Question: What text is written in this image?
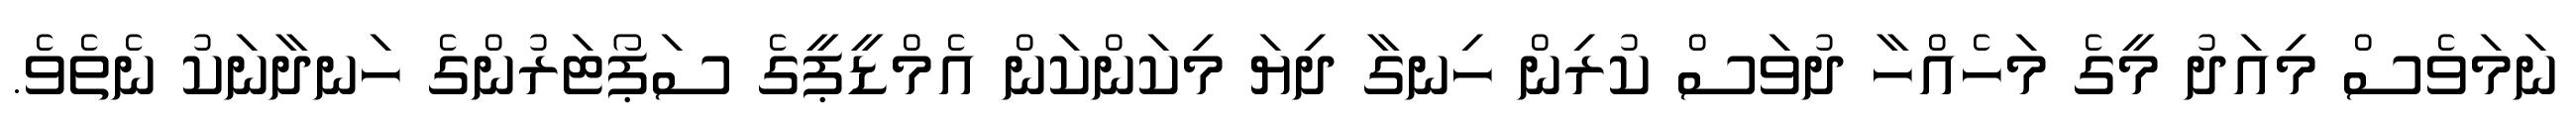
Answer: ނަމަވެސް މިއަދު މީގެ މަހެއްހާ ދުވަސް ކުރިން ހިނގާ ދިޔަ މިކަންކަން އެމްޑީޕީގެ ސަޕޯޓަރުންގެ ހަނދާނަކު ނެތެވެ.